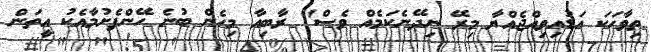
ތިވާހަކަ އަޑުއިވިއްޖެއްޔާ މިރޭ ނިދޭނެކަމެއް ވެސް" ރާބިއާ މިހެން ބުނެ ހޭންފެށުމާއެކު އީތަން